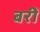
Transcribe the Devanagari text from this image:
बरीं